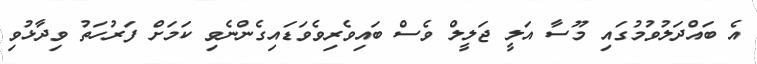
އެ ބައްދަލުވުމުގައި މޫސާ އަލީ ޖަލީލް ވެސް ބައިވެރިވެވަޑައިގެންނެވި ކަމަށް ފަރުހަތު ވިދާޅުވި